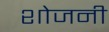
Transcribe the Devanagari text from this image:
शोजनी